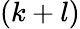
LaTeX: (k+l)